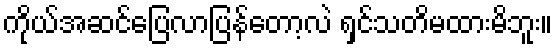
ကိုယ်အဆင်ပြေလာပြန်တော့လဲ ရှင်သတိမထားမိဘူး။